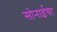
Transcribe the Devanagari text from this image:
सोनाईचा